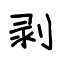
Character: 剥